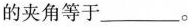
的夹角等于___。